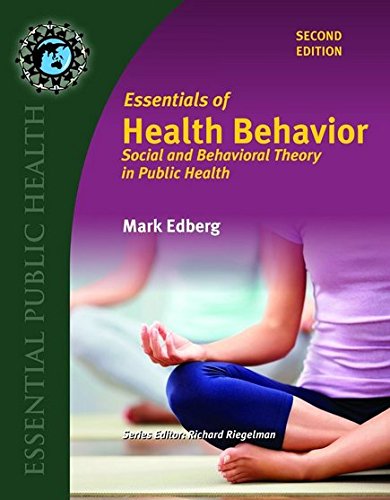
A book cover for Essentials Of Health Behavior (Essential Public Health); Mark Edberg; Medical Books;